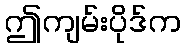
ဤကျမ်းပိုဒ်က